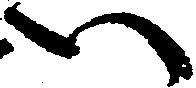
い